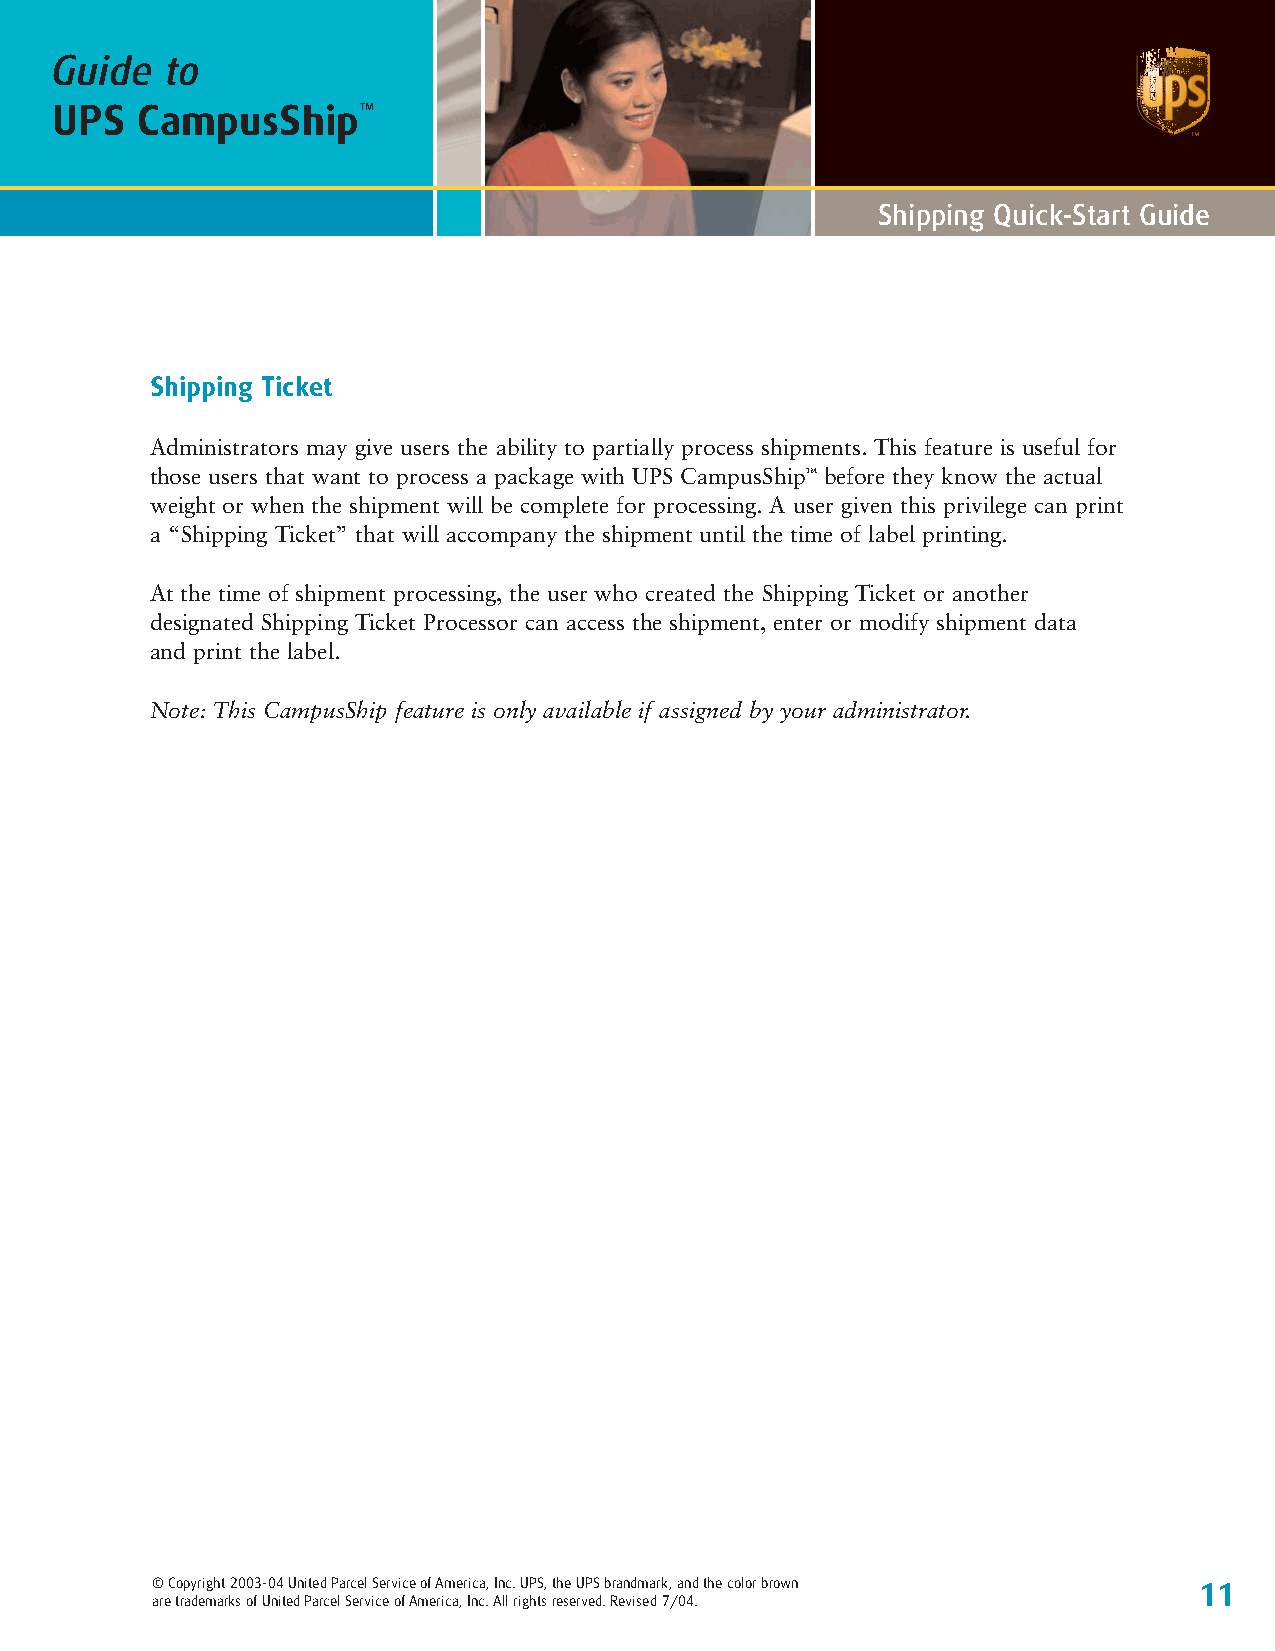
Guide   to
 UPS   CampusShip™
 Shipping Quick-Start Guide
 Shipping Ticket
 Administrators may give users the ability to partially process shipments. This feature is useful for
 those users that want to process a package with UPS CampusShip™ before they know the actual
 weight or when the shipment will be complete for processing. A user given this privilege can print
 a “Shipping Ticket” that will accompany the shipment until the time of label printing.
 At the time of shipment processing, the user who created the Shipping Ticket or another
 designated Shipping Ticket Processor can access the shipment, enter or modify shipment data
 and print the label.
 Note: This CampusShip feature is only available if assigned by your administrator.
 © Copyright 2003-04 United Parcel Service of America, Inc. UPS, the UPS brandmark, and the color brown 11
 are trademarks of United Parcel Service of America, Inc. All rights reserved. Revised 7/04.